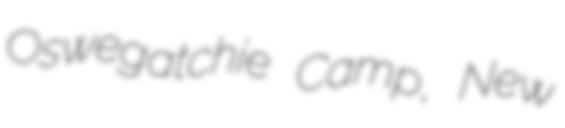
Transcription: Oswegatchie Camp, New